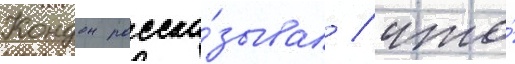
Кондон расска́зывал / что́